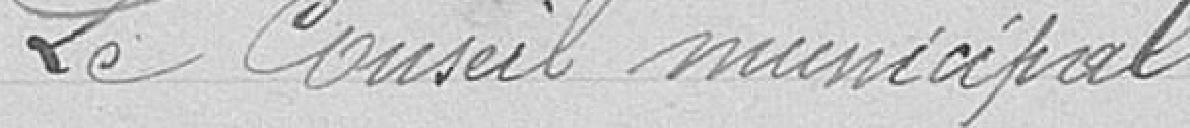
Le Conseil municipal,